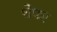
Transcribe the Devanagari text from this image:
शेफा